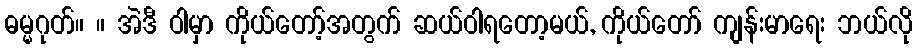
ဓမ္မဂုတ်။ ။ အဲဒီ ဝါမှာ ကိုယ်တော့်အတွက် ဆယ်ဝါရတော့မယ်, ကိုယ်တော် ကျန်းမာရေး ဘယ်လို